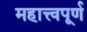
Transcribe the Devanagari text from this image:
महात्त्वपूर्ण